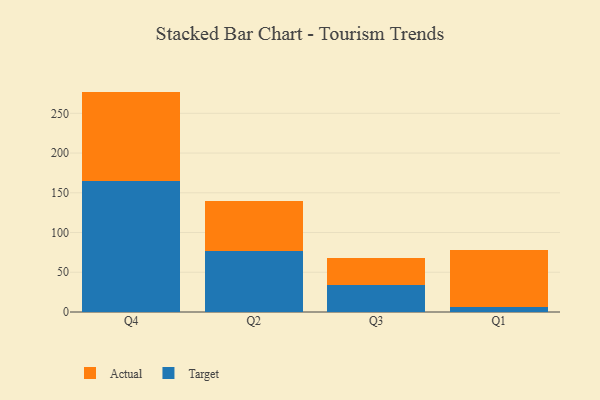
{"axis": {"x": "Quarter", "y": "Website Visitors"}, "legend": ["Actual", "Target"], "data": [{"x": "Q4", "y": 165.3, "type": "Target"}, {"x": "Q4", "y": 112.0, "type": "Actual"}, {"x": "Q2", "y": 76.4, "type": "Target"}, {"x": "Q2", "y": 62.8, "type": "Actual"}, {"x": "Q3", "y": 33.6, "type": "Target"}, {"x": "Q3", "y": 33.9, "type": "Actual"}, {"x": "Q1", "y": 6.6, "type": "Target"}, {"x": "Q1", "y": 71.7, "type": "Actual"}]}